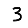
Digit: 3